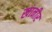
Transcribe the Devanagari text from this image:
खानीर